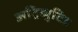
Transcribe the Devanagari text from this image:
अट्रिब्युटिड